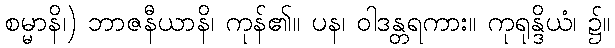
စမ္မာနိ၊) ဘာဇနီယာနိ၊ ကုန်၏။ ပန၊ ဝါဒန္တရကား။ ကုရုန္ဒိယံ၊ ၌။